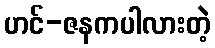
ဟင်-ဇနကပါလားတဲ့